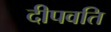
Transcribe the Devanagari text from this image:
दीपवति